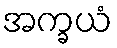
အက္ခယံ